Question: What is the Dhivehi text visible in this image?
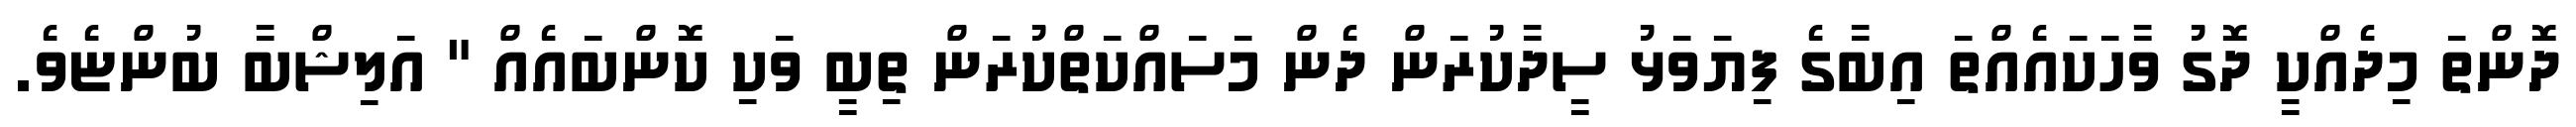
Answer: ދޮންތަ މިދެއްކީ ދޮގު ވާހަކައެއްތަ އިބާގެ ފިޔަވަޅު ސީދާކުރަން ދެން މަސައްކަތްކުރަން ތިބީ ވަކި ކޮންބައެއް " އަލިޝްބާ ބުންޏެވެ.